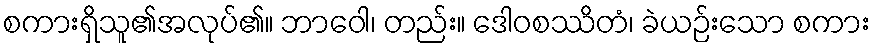
စကားရှိသူ၏အလုပ်၏။ ဘာဝေါ၊ တည်း။ ဒေါဝစဿိတံ၊ ခဲယဉ်းသော စကား